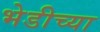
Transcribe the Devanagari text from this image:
भेडीच्या